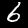
Digit: 6